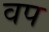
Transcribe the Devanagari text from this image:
वप